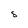
Character: S